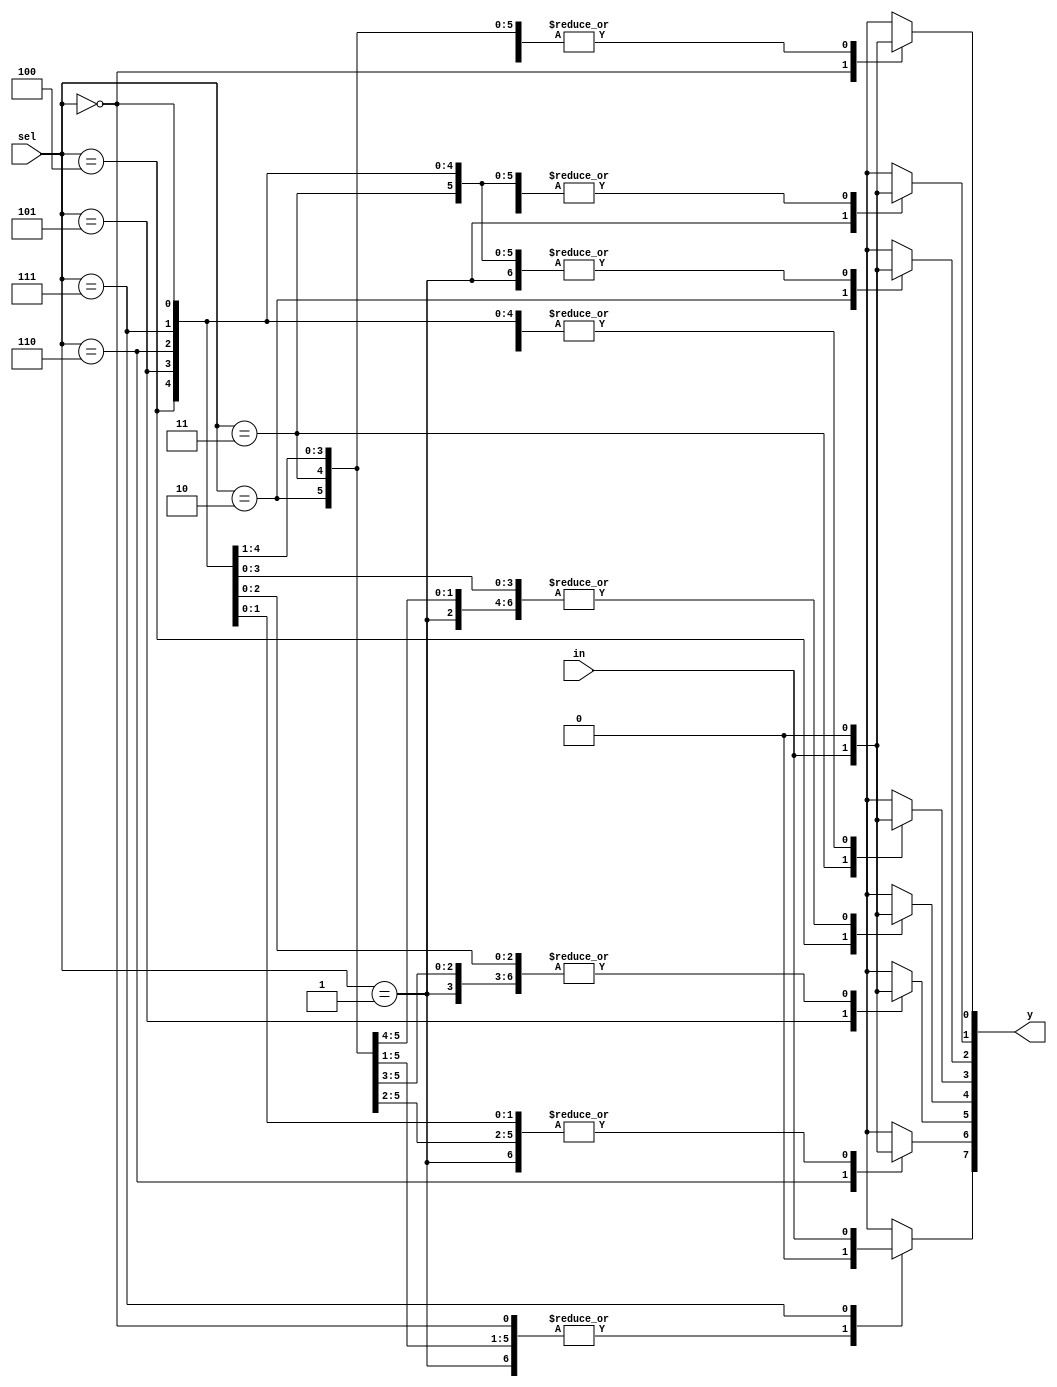
module demux1to8 (
    input in, input [2:0] sel, output reg [7:0] y
);
  always@(in, sel) begin
    case (sel)
        3'b000 : begin
            y[0] = in;
            y[1] = 0;
            y[2] = 0;
            y[3] = 0;
            y[4] = 0;
            y[5] = 0;
            y[6] = 0;
            y[7] = 0;
        end 
        3'b001 : begin
          y[0] = 0;
          y[1] = in;
          y[2] = 0;
          y[3] = 0;
          y[4] = 0;
          y[5] = 0;
          y[6] = 0;
          y[7] = 0;
        end
        3'b010 : begin
          y[0] = 0;
          y[1] = 0;
          y[2] = in;
          y[3] = 0;
          y[4] = 0;
          y[5] = 0;
          y[6] = 0;
          y[7] = 0;
        end
        3'b011 : begin
          y[0] = 0;
          y[1] = 0;
          y[2] = 0;
          y[3] = in;
          y[4] = 0;
          y[5] = 0;
          y[6] = 0;
          y[7] = 0;
        end
        3'b100 : begin
          y[0] = 0;
          y[1] = 0;
          y[2] = 0;
          y[3] = 0;
          y[4] = in;
          y[5] = 0;
          y[6] = 0;
          y[7] = 0;
        end
        3'b101 : begin
          y[0] = 0;
          y[1] = 0;
          y[2] = 0;
          y[3] = 0;
          y[4] = 0;
          y[5] = in;
          y[6] = 0;
          y[7] = 0;
        end
        3'b110 : begin
          y[0] = 0;
          y[1] = 0;
          y[2] = 0;
          y[3] = 0;
          y[4] = 0;
          y[5] = 0;
          y[6] = in;
          y[7] = 0;
        end
        3'b111 : begin
          y[0] = 0;
          y[1] = 0;
          y[2] = 0;
          y[3] = 0;
          y[4] = 0;
          y[5] = 0;
          y[6] = 0;
          y[7] = in;
        end
        default: y = 8'bxxxxxxxx;
    endcase
  end  
endmodule